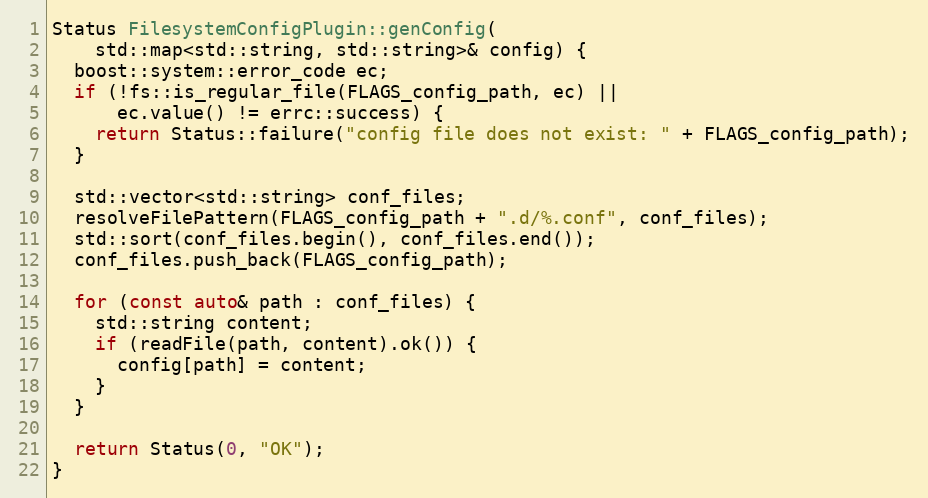
Language: C++
Status FilesystemConfigPlugin::genConfig(
    std::map<std::string, std::string>& config) {
  boost::system::error_code ec;
  if (!fs::is_regular_file(FLAGS_config_path, ec) ||
      ec.value() != errc::success) {
    return Status::failure("config file does not exist: " + FLAGS_config_path);
  }

  std::vector<std::string> conf_files;
  resolveFilePattern(FLAGS_config_path + ".d/%.conf", conf_files);
  std::sort(conf_files.begin(), conf_files.end());
  conf_files.push_back(FLAGS_config_path);

  for (const auto& path : conf_files) {
    std::string content;
    if (readFile(path, content).ok()) {
      config[path] = content;
    }
  }

  return Status(0, "OK");
}